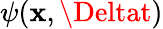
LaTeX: \psi(\mathbf{x},\Deltat)